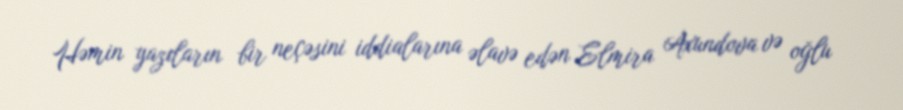
Həmin yazıların bir neçəsini iddialarına əlavə edən Elmira Axundova və oğlu